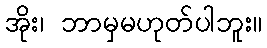
အိုး၊ ဘာမှမဟုတ်ပါဘူး။